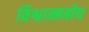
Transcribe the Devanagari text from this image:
विश्वात्मबोध